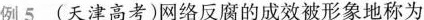
例5(天津高考)网络反腐的成效被形象地称为